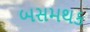
બસમથક